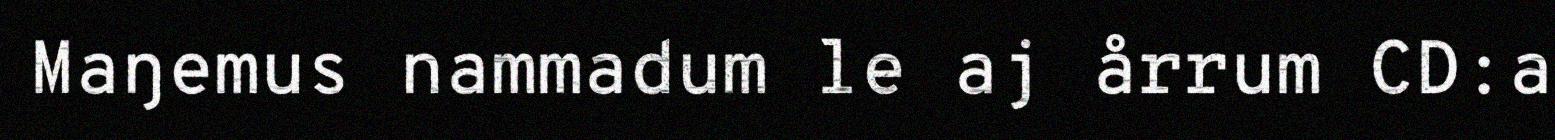
Maŋemus nammadum le aj årrum CD:a